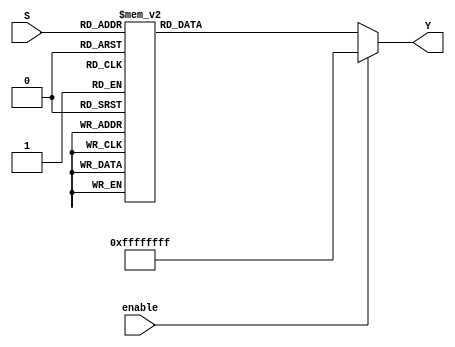
module decoder_32(output reg [31:0] Y, input [4:0] S, input enable);
	always @ (S, enable)
		begin
			// DEBUG			
			// $display("%b", enable);	
			if(!enable)
				case(S)
				5'b00000: Y = 32'b11111111111111111111111111111110;
				5'b00001: Y = 32'b11111111111111111111111111111101;
				5'b00010: Y = 32'b11111111111111111111111111111011;
				5'b00011: Y = 32'b11111111111111111111111111110111;
				5'b00100: Y = 32'b11111111111111111111111111101111;
				5'b00101: Y = 32'b11111111111111111111111111011111;
				5'b00110: Y = 32'b11111111111111111111111110111111;
				5'b00111: Y = 32'b11111111111111111111111101111111;
				5'b01000: Y = 32'b11111111111111111111111011111111;
				5'b01001: Y = 32'b11111111111111111111110111111111;
				5'b01010: Y = 32'b11111111111111111111101111111111;
				5'b01011: Y = 32'b11111111111111111111011111111111;
				5'b01100: Y = 32'b11111111111111111110111111111111;
				5'b01101: Y = 32'b11111111111111111101111111111111;
				5'b01110: Y = 32'b11111111111111111011111111111111;
				5'b01111: Y = 32'b11111111111111110111111111111111;
				5'b10000: Y = 32'b11111111111111101111111111111111;
				5'b10001: Y = 32'b11111111111111011111111111111111;
				5'b10010: Y = 32'b11111111111110111111111111111111;
				5'b10011: Y = 32'b11111111111101111111111111111111;
				5'b10100: Y = 32'b11111111111011111111111111111111;
				5'b10101: Y = 32'b11111111110111111111111111111111;
				5'b10110: Y = 32'b11111111101111111111111111111111;
				5'b10111: Y = 32'b11111111011111111111111111111111;
				5'b11000: Y = 32'b11111110111111111111111111111111;
				5'b11001: Y = 32'b11111101111111111111111111111111;
				5'b11010: Y = 32'b11111011111111111111111111111111;
				5'b11011: Y = 32'b11110111111111111111111111111111;
				5'b11100: Y = 32'b11101111111111111111111111111111;
				5'b11101: Y = 32'b11011111111111111111111111111111;
				5'b11110: Y = 32'b10111111111111111111111111111111;
				5'b11111: Y = 32'b01111111111111111111111111111111;
				endcase
			else
				Y = 32'b11111111111111111111111111111111;
		end 
endmodule